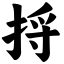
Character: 捋